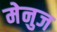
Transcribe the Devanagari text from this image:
मेनुज